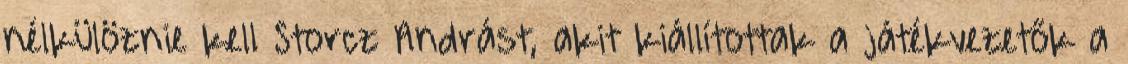
nélkülöznie kell Storcz Andrást, akit kiállítottak a játékvezetők a